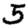
Digit: 5